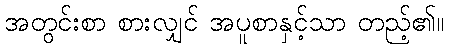
အတွင်းစာ စားလျှင် အပူစာနှင့်သာ တည့်၏။